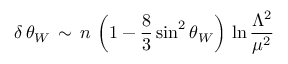
\delta \, \theta _ { W } \, \sim \, n \, \left( 1 - \frac { 8 } { 3 } \sin ^ { 2 } \theta _ { W } \right) \, \ln \frac { \Lambda ^ { 2 } } { \mu ^ { 2 } }